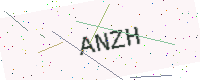
Text: ANZH